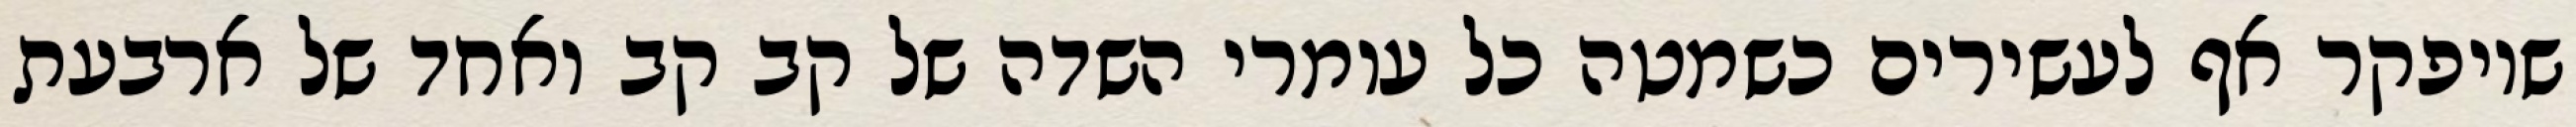
שיופקר אף לעשירים כשמטה כל עומרי השדה של קב קב ואחד של ארבעת